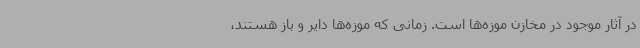
در آثار موجود در مخازن موزه‌ها است. زمانی که موزه‌ها دایر و باز هستند،